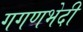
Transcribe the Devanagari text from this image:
गगणभेदी